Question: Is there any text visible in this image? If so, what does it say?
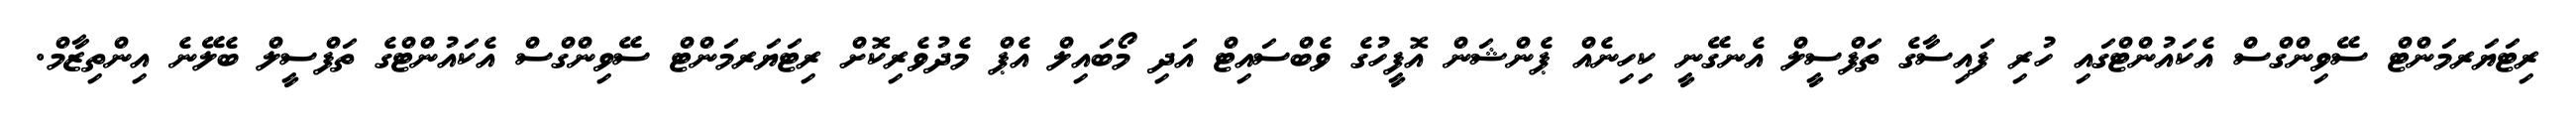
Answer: ރިޓަޔަރމަންޓް ސޭވިންގްސް އެކައުންޓްގައި ހުރި ފައިސާގެ ތަފްސީލް އެނގޭނީ ކިހިނެއް ޕެންޝަން އޮފީހުގެ ވެބްސައިޓް އަދި މޯބައިލް އެޕް މެދުވެރިކޮށް ރިޓަޔަރމަންޓް ސޭވިންގްސް އެކައުންޓްގެ ތަފްސީލް ބެލޭނެ އިންތިޒާމް.